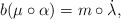
\begin{gather*}b(\mu\circ\alpha)=m\circ\dot\lambda,\end{gather*}